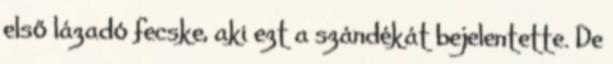
első lázadó fecske, aki ezt a szándékát bejelentette. De